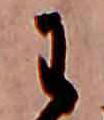
わ